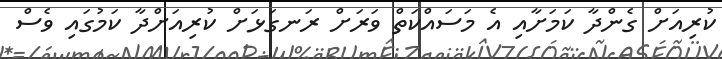
ކުރިއަށް ގެންދާ ކަމަށާއި އެ މަސައްކަތް ވަަރަށް ރަނގަޅަށް ކުރިއަށްދާ ކަމުގައި ވެސް